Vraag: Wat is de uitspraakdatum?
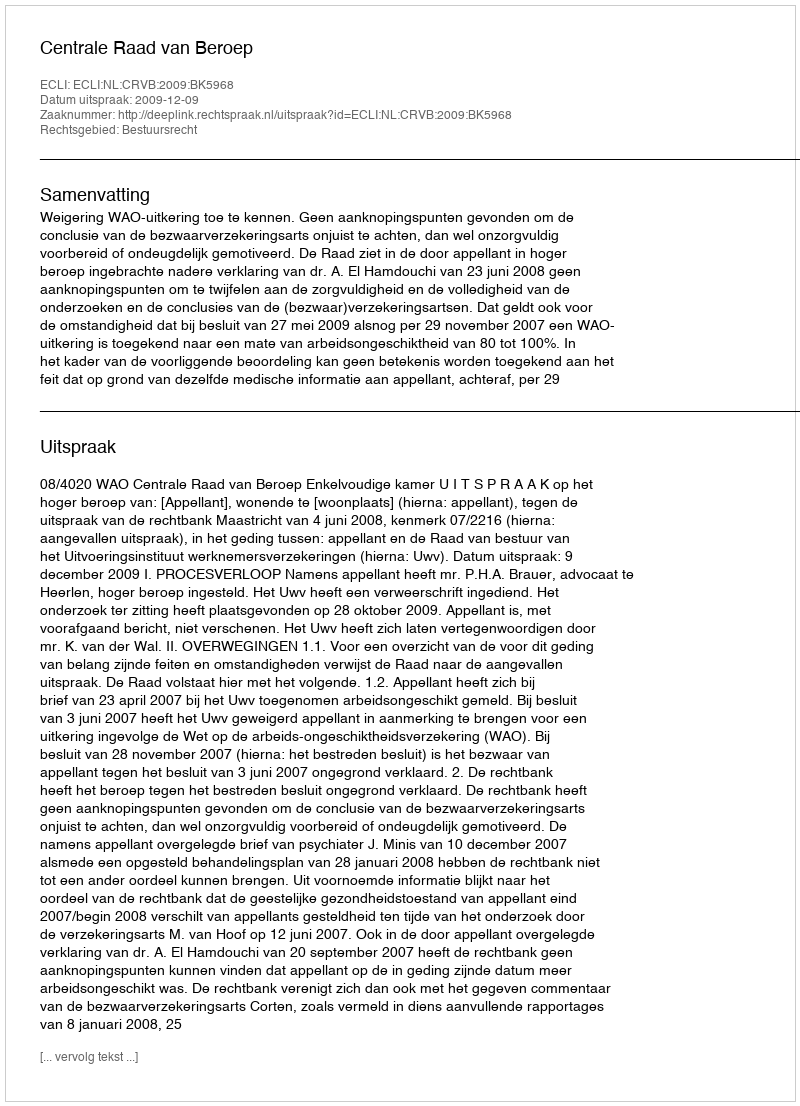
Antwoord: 2009-12-09